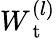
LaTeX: W_{\mathrm{~t~}}^{(l)}